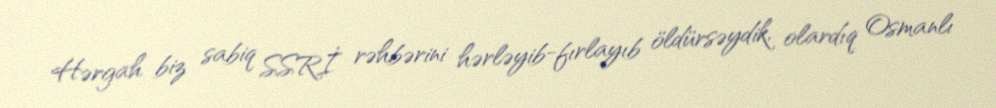
Hərgah biz sabiq SSRİ rəhbərini hərləyib-fırlayıb öldürsəydik, olardıq Osmanlı